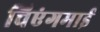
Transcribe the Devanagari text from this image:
चिएंगमाई